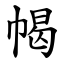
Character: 幆